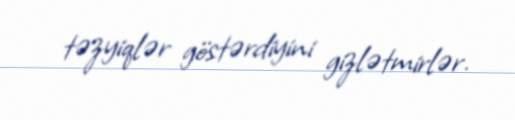
təzyiqlər göstərdiyini gizlətmirlər.